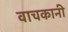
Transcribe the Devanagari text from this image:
वाचकानी